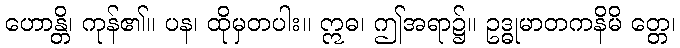
ဟောန္တိ၊ ကုန်၏။ ပန၊ ထိုမှတပါး။ ဣဓ၊ ဤအရာ၌။ ဥဒ္ဓုမာတကနိမိ တ္တေ၊